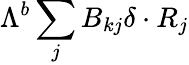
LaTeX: {\Lambda}^{b}\sum_{j}B_{kj}\delta\cdot R_{j}